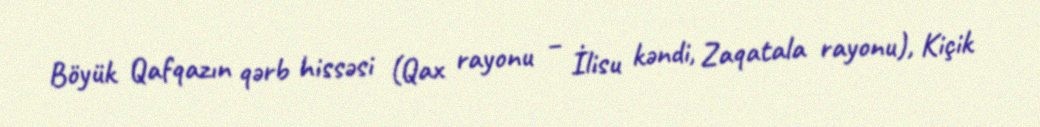
Böyük Qafqazın qərb hissəsi (Qax rayonu – İlisu kəndi, Zaqatala rayonu), Kiçik